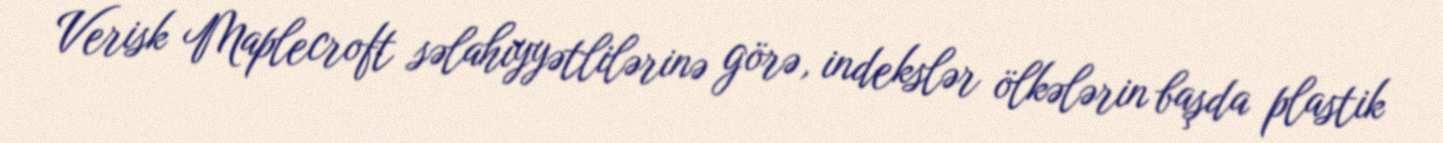
Verisk Maplecroft səlahiyyətlilərinə görə, indekslər ölkələrin başda plastik